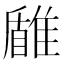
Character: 𩀐